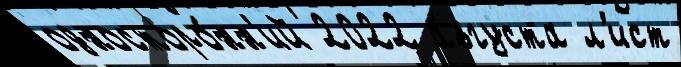
односторо́нн'ий 2022 а́вгуста л'ист